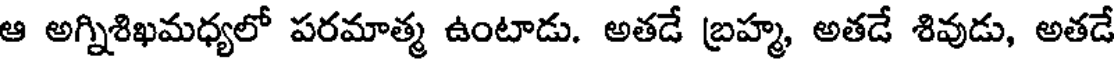
ఆ అగ్నిశిఖమధ్యలో పరమాత్మ ఉంటాడు. అతడే బ్రహ్మ, అతడే శివుడు, అతడే